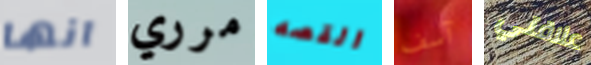
انها مرري القصه آسف علاقتي